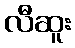
လီဆူး